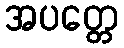
အပတ္တေ